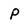
Character: p